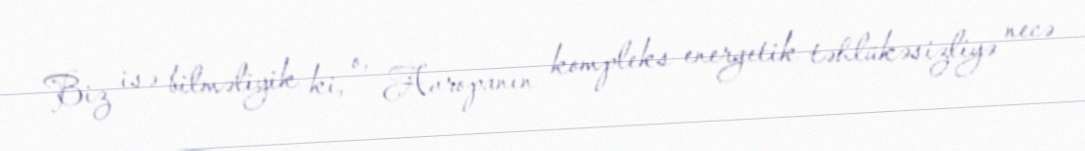
Biz isə bilməliyik ki, o, Avropanın kompleks energetik təhlükəsizliyə necə